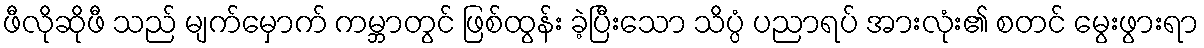
ဖီလိုဆိုဖီ သည် မျက်မှောက် ကမ္ဘာတွင် ဖြစ်ထွန်း ခဲ့ပြီးသော သိပ္ပံ ပညာရပ် အားလုံး၏ စတင် မွေးဖွားရာ